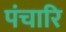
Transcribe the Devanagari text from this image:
पंचारि